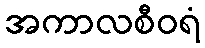
အကာလစီဝရံ